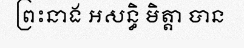
ព្រះនាង អសន្ធិ មិត្តា បាន